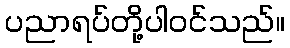
ပညာရပ်တို့ပါဝင်သည်။